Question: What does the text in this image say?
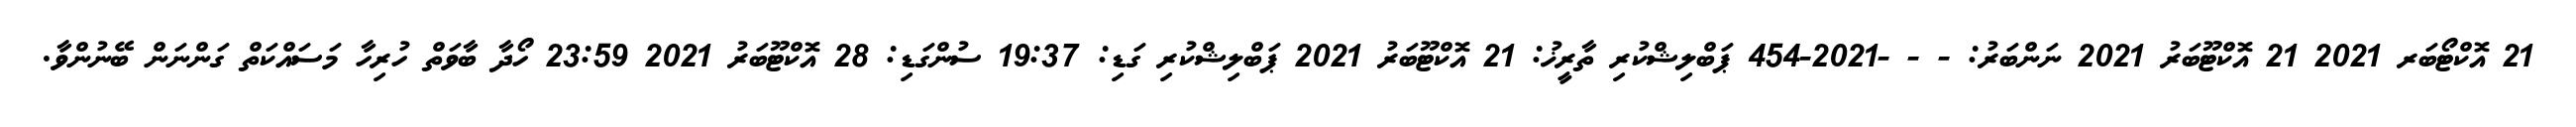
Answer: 21 އޮކްޓޯބަރ 2021 21 އޮކްޓޫބަރު 2021 ނަންބަރު: - - -2021-454 ޕަބްލިޝްކުރި ތާރީޚު: 21 އޮކްޓޫބަރު 2021 ޕަބްލިޝްކުރި ގަޑި: 19:37 ސުންގަޑި: 28 އޮކްޓޫބަރު 2021 23:59 ހޯދާ ބާވަތް ހުރިހާ މަސައްކަތް ގަންނަން ބޭނުންވާ.